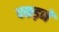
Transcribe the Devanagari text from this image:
पकड़नें